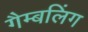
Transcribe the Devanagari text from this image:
गैम्बलिंग